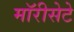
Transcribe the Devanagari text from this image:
मॉरीसेटे